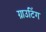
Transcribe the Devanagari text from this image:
ग्राउटिंग